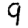
Digit: 9